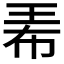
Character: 𤤰